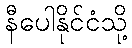
နီပေါနိုင်ငံသို့